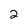
Character: 2